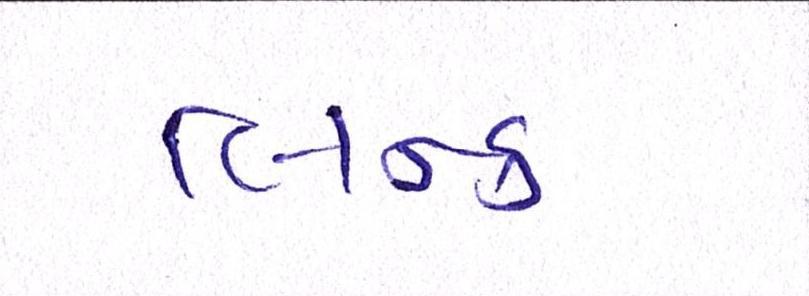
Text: લિન્ક